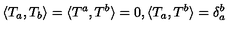
\langle T _ { a } , T _ { b } \rangle = \langle T ^ { a } , T ^ { b } \rangle = 0 , \langle T _ { a } , T ^ { b } \rangle = \delta _ { a } ^ { b }